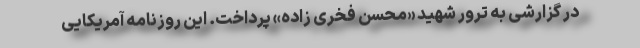
در گزارشی به ترور شهید «محسن فخری زاده» پرداخت. این روزنامه آمریکایی